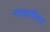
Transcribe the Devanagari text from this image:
नाट्यगीतेच